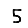
Digit: 5